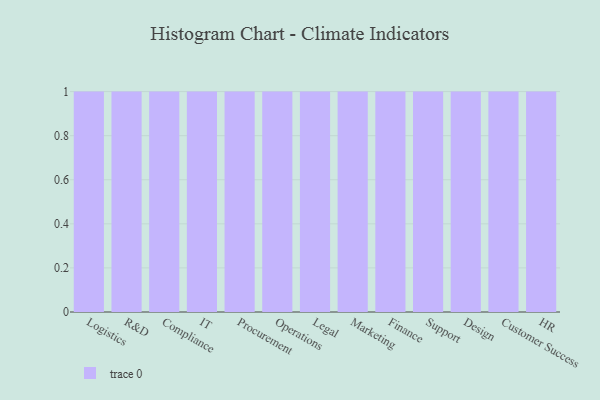
{"axis": {"x": "Department", "y": "Conversion Rate (%)"}, "legend": [""], "data": [{"x": "Logistics", "y": 17, "type": ""}, {"x": "R&D", "y": 65, "type": ""}, {"x": "Compliance", "y": 47, "type": ""}, {"x": "IT", "y": 59, "type": ""}, {"x": "Procurement", "y": 69, "type": ""}, {"x": "Operations", "y": 74, "type": ""}, {"x": "Legal", "y": 58, "type": ""}, {"x": "Marketing", "y": 73, "type": ""}, {"x": "Finance", "y": 53, "type": ""}, {"x": "Support", "y": 29, "type": ""}, {"x": "Design", "y": 52, "type": ""}, {"x": "Customer Success", "y": 22, "type": ""}, {"x": "HR", "y": 29, "type": ""}]}